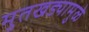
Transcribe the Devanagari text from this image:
मुतखड्यामुळे